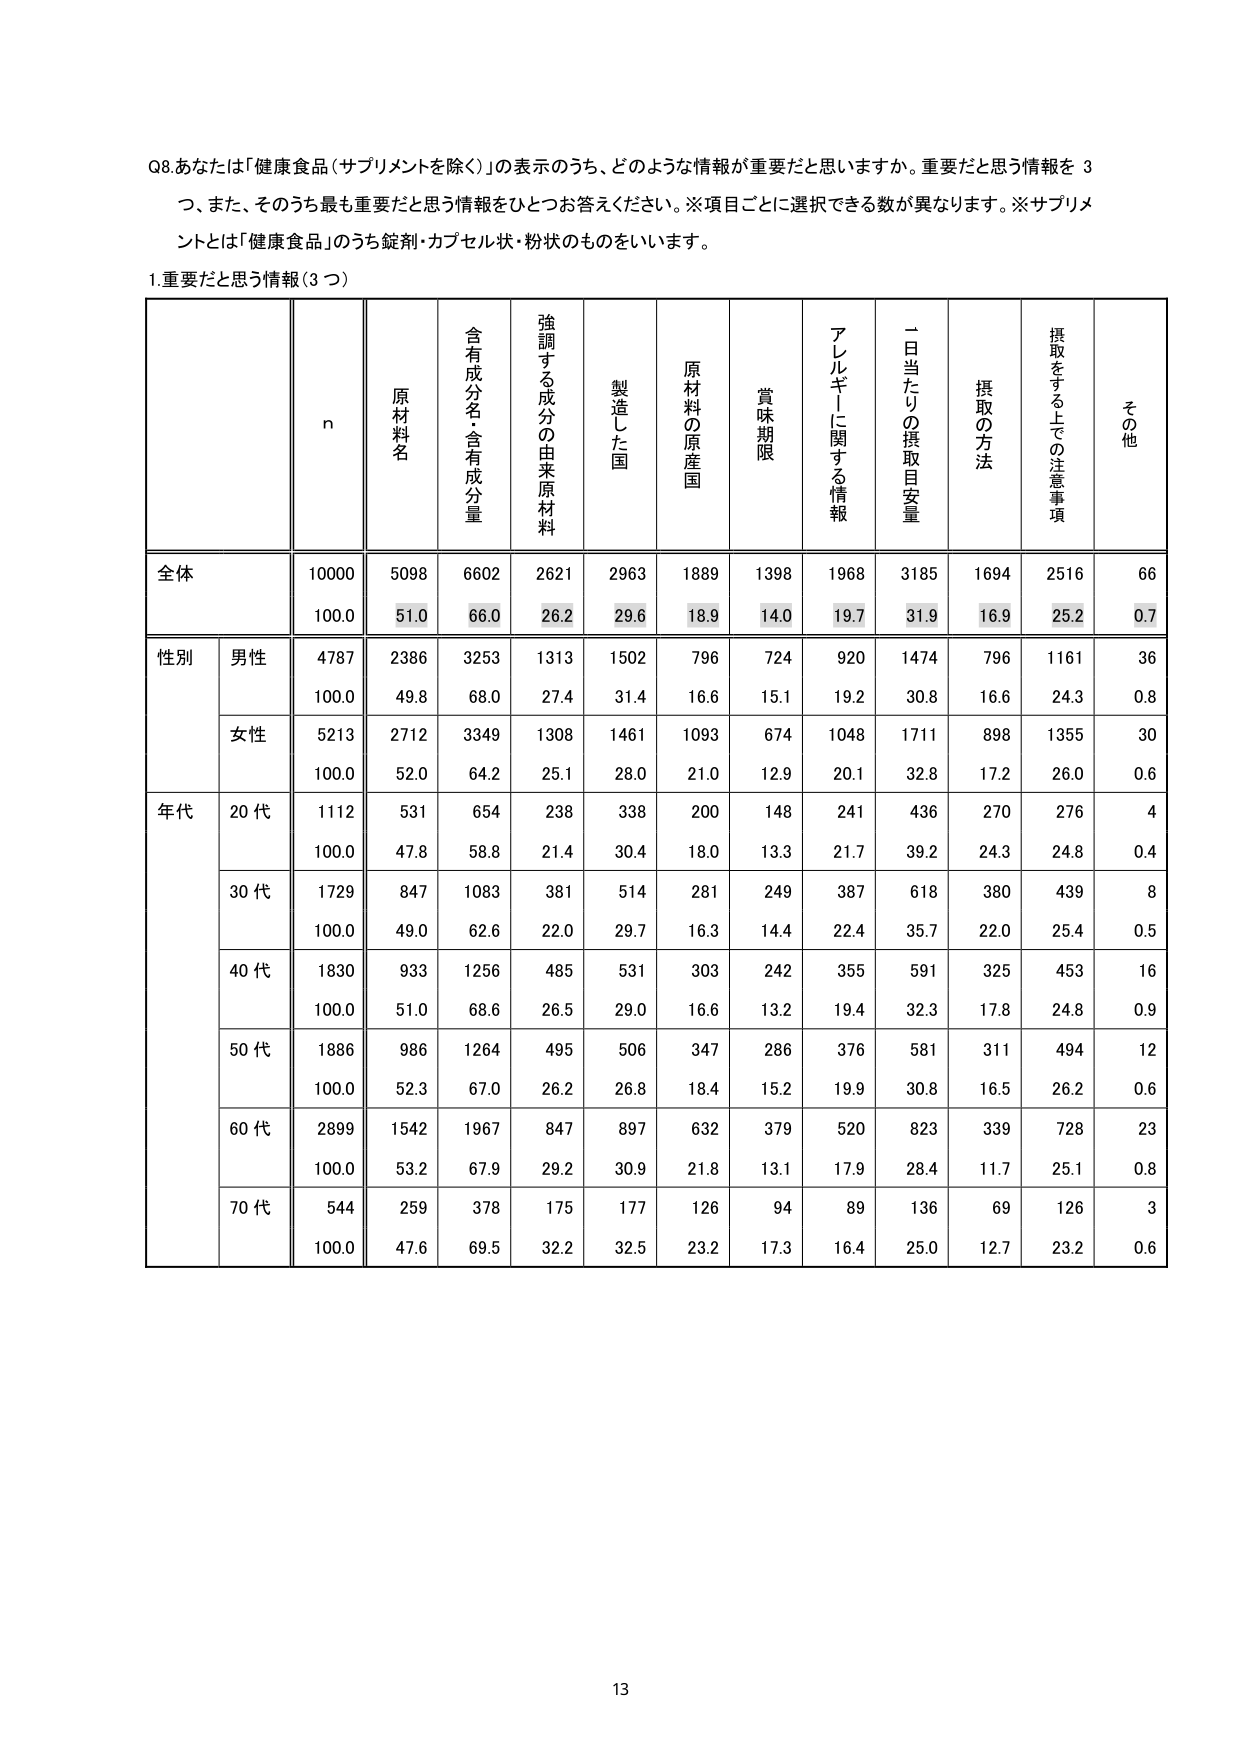
Q8.あなたは「健康食品（サプリメントを除く）」の表示のうち、どのような情報が重要だと思いますか。重要だと思う情報を3つ、また、そのうち最も重要だと思う情報をひとつお答えください。※項目ごとに選択できる数が異なります。※サプリメントとは「健康食品」のうち錠剤・カプセル状・粉状のものをいいます。

1.重要だと思う情報（3つ）

n 原材料名 含有成分名・含有成分量 強調する成分の由来原材料 製造した国 原材料の原産国 賞味期限 アレルギーに関する情報 一日当たりの摂取目安量 摂取の方法 摂取をする上での注意事項 その他

全体 10000 5098 6602 2621 2963 1889 1398 1968 3185 1694 2516 66
100.0 51.0 66.0 26.2 29.6 18.9 14.0 19.7 31.9 16.9 25.2 0.7

性別 男性 4787 2386 3253 1313 1502 796 724 920 1474 796 1161 36
100.0 49.8 68.0 27.4 31.4 16.6 15.1 19.2 30.8 16.6 24.3 0.8
女性 5213 2712 3349 1308 1461 1093 674 1048 1711 898 1355 30
100.0 52.0 64.2 25.1 28.0 21.0 12.9 20.1 32.8 17.2 26.0 0.6

年代 20代 1112 531 654 238 338 200 148 241 436 270 276 4
100.0 47.8 58.8 21.4 30.4 18.0 13.3 21.7 39.2 24.3 24.8 0.4
30代 1729 847 1083 381 514 281 249 387 618 380 439 8
100.0 49.0 62.6 22.0 29.7 16.3 14.4 22.4 35.7 22.0 25.4 0.5
40代 1830 933 1256 485 531 303 242 355 591 325 453 16
100.0 51.0 68.6 26.5 29.0 16.6 13.2 19.4 32.3 17.8 24.8 0.9
50代 1886 986 1264 495 506 347 286 376 581 311 494 12
100.0 52.3 67.0 26.2 26.8 18.4 15.2 19.9 30.8 16.5 26.2 0.6
60代 2899 1542 1967 847 897 632 379 520 823 339 728 23
100.0 53.2 67.9 29.2 30.9 21.8 13.1 17.9 28.4 11.7 25.1 0.8
70代 544 259 378 175 177 126 94 89 136 69 126 3
100.0 47.6 69.5 32.2 32.5 23.2 17.3 16.4 25.0 12.7 23.2 0.6

13